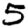
Digit: 5